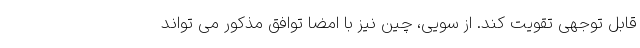
قابل توجهی تقویت کند. از سویی، چین نیز با امضا توافق مذکور می تواند